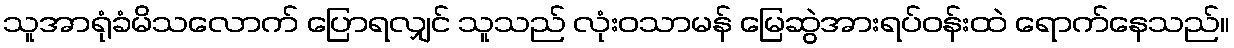
သူအာရုံခံမိသလောက် ပြောရလျှင် သူသည် လုံးဝသာမန် မြေဆွဲအားရပ်ဝန်းထဲ ရောက်နေသည်။